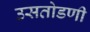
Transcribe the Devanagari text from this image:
उसतोडणी